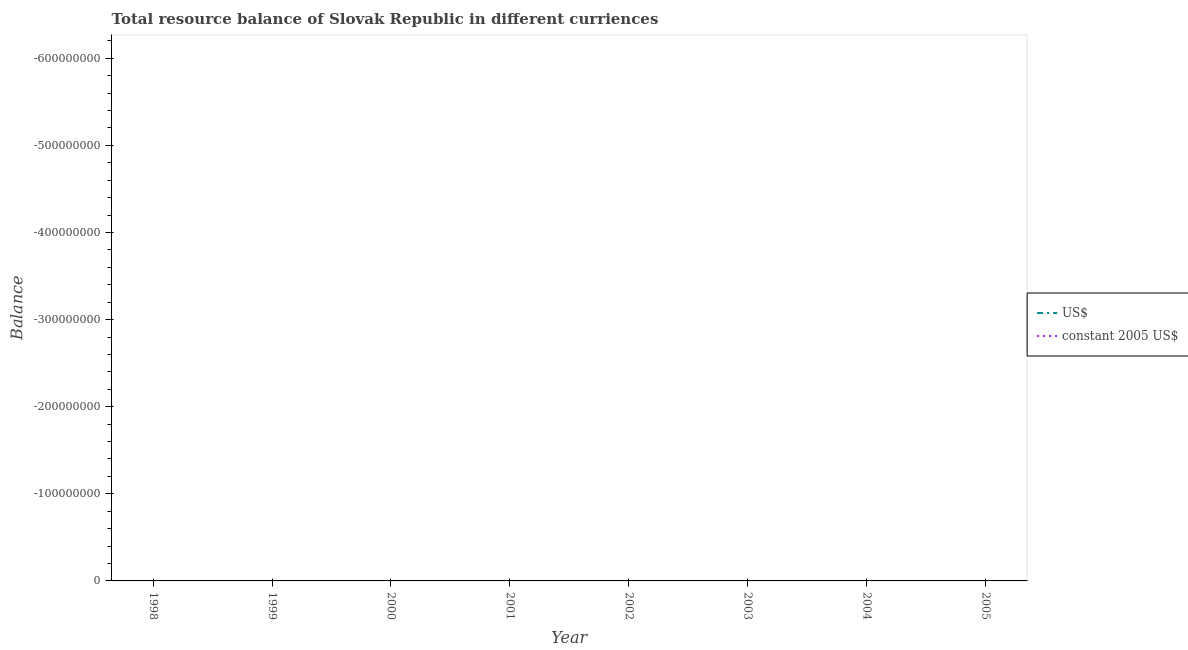
| Year | US$ | constant 2005 US$ |
 | --- | --- | --- |
 | 1998 | -3.16e+09 | -2.83e+09 |
 | 1999 | -1.34e+09 | -1.26e+09 |
 | 2000 | -7.48e+08 | -8.12e+08 |
 | 2001 | -2.46e+09 | -2.75e+09 |
 | 2002 | -2.54e+09 | -2.7e+09 |
 | 2003 | -8.87e+08 | -7.86e+08 |
 | 2004 | -1.57e+09 | -1.26e+09 |
 | 2005 | -2.88e+09 | -2.31e+09 |